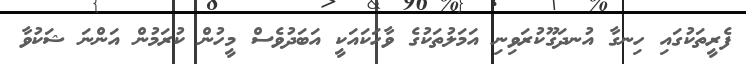
ފެރީތަކުގައި ހިނގާ އުނދަގޫކުރަވިނި އަމަލުތަކުގެ ވާހަކައަކީ އަބަދުވެސް މީހުން ކުރަމުން އަންނަ ޝަކުވާ